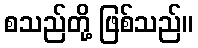
စသည်တို့ ဖြစ်သည်။